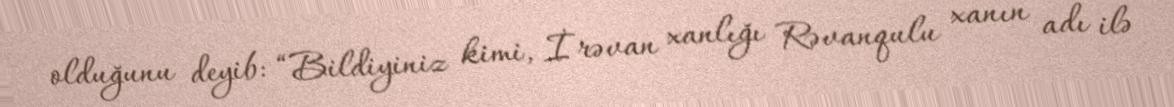
olduğunu deyib: “Bildiyiniz kimi, İrəvan xanlığı Rəvanqulu xanın adı ilə